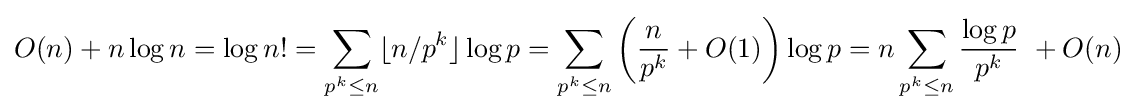
O(n)+n\log n=\log n!=\sum _{p^{k}\leq n}\lfloor n/p^{k}\rfloor \log p=\sum _{p^{k}\leq n}\left({\frac {n}{p^{k}}}+O(1)\right)\log p=n\sum _{p^{k}\leq n}{\frac {\log p}{p^{k}}}\ +O(n)